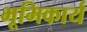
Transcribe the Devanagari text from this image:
भूमिकार्य